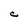
Character: C